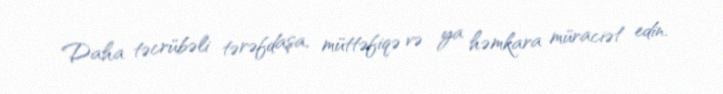
Daha təcrübəli tərəfdaşa, müttəfiqə və ya həmkara müraciət edin.